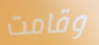
وقامت